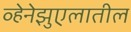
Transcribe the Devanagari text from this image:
व्हेनेझुएलातील